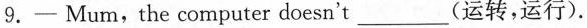
9.- Mum,the computer doesn't___________(运转,运行).